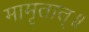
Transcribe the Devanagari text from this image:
मामृतात्॥